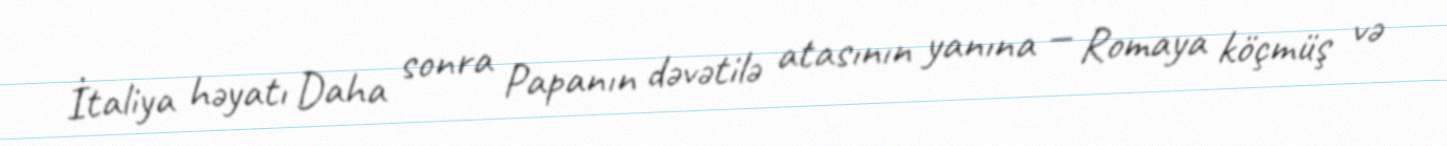
İtaliya həyatı Daha sonra Papanın dəvətilə atasının yanına — Romaya köçmüş və